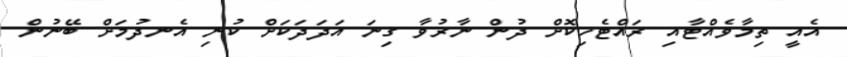
އެއީ ތިމާވެއްޓާއި ރައްޓެހިކޮށް ދުން ނާރުވާ ގިނަ އަދަދަކަށް ކުނި އެނދުމަށް ބޭނުން